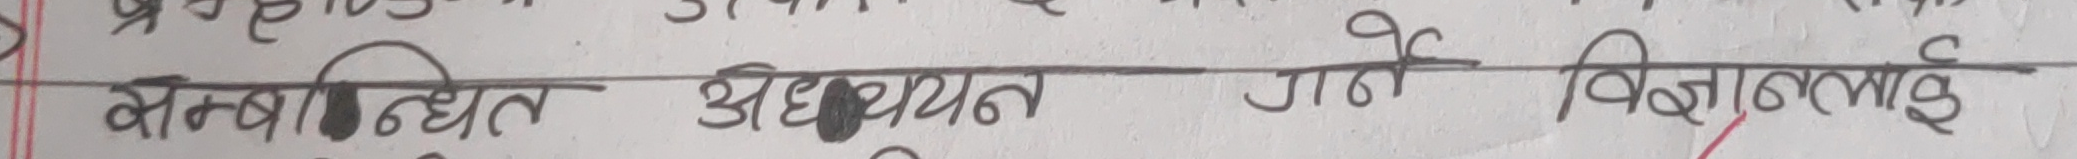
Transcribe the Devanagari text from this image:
सम्भावित अध्ययन जाने विज्ञानलाई